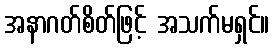
အနာဂတ်စိတ်ဖြင့် အသက်မရှင်။